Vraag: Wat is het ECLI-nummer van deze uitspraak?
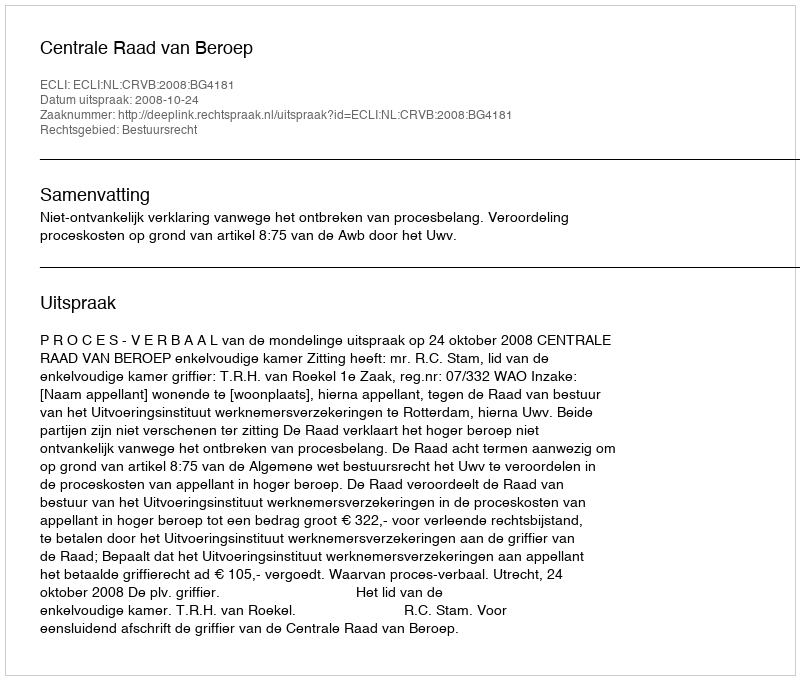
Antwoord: ECLI:NL:CRVB:2008:BG4181